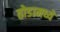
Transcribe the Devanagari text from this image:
तोडामध्ये